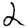
Digit: 2